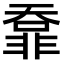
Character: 𩇺